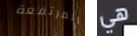
المرتفعة هي